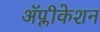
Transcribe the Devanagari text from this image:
ॲप्लीकेशन